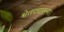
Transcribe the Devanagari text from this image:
श्वेतपद्मासना।